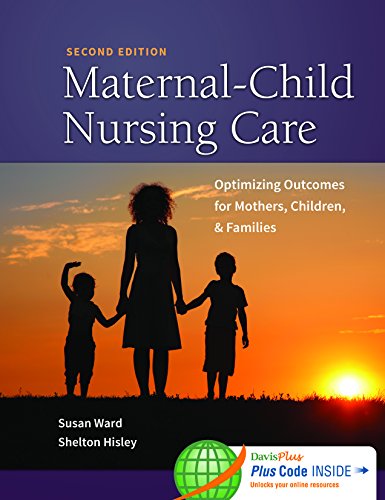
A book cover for Maternal-Child Nursing Care with Women's Health Companion 2e: Optimizing Outcomes for Mothers, Children, and Families; Susan L. Ward PhD  RN; Medical Books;